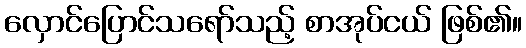
လှောင်ပြောင်သရော်သည့် စာအုပ်ငယ် ဖြစ်၏။